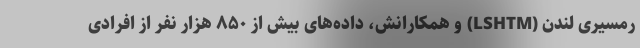
رمسیری لندن (LSHTM) و همکارانش، داده‌های بیش از ۸۵۰ هزار نفر از افرادی